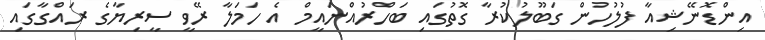
އިންޑޮނޭޝިއާ ފުލުހުން ގަބޫލުކުރާ ގޮތުގައި ބަހްރުއްނައީމް އެ ހަމަލާ ރޭވީ ސީރިޔާގެ ރައްގާގައި